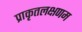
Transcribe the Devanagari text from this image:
प्राकृतलक्षणम